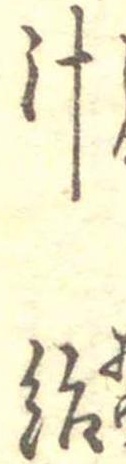
汁飴